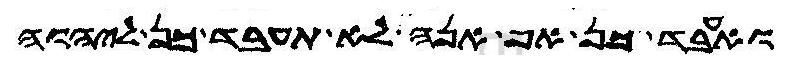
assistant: ואעבד כן אף אנה לא תעבד כן ליהוה